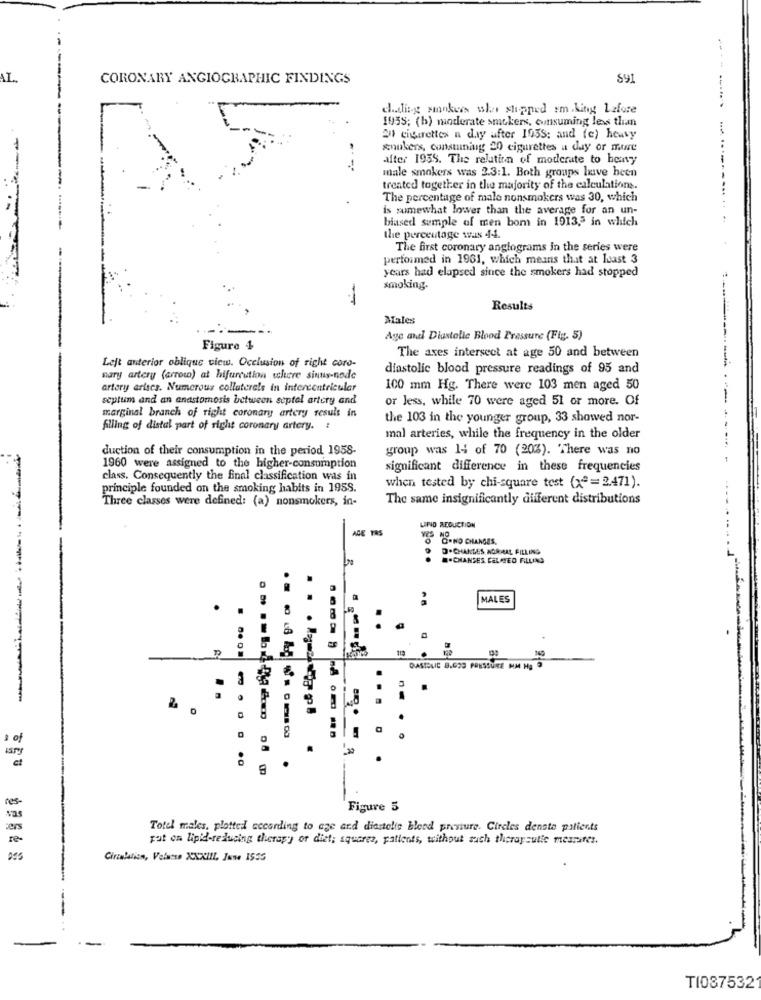
AL.
CORONARY ANGIOGRAPHIC FINDINGS
891
chadisog smokers whe shipped em.king Lafore
1935; (b) moderate smokers, consuming less than
" cigarettes a day after 1955: and (e) heavy
xnukers, constuning 20 cigarettes a day or more
after 1959. The relation of moderate to heavy
male smokers was 2.3:1. Both groups have been
treated together in the majority of the calculations.
The percentage of male nonsmokers was 30, which
is somewhat lower than the average for an un-
biased sumple of men bom in 1913,5 in which
the percentage was 44.
The first coronary anglograms in the series were
performed in 1961, which means that at least 3
years had elapsed since the smokers had stopped
smoking-
Results
Males
Age and Diastolic Blood Pressure (Fig. 5)
Figure 4
The axes intersect at age 50 and between
Left anterior oblique view. Occlusion of right coro-
diastolic blood pressure readings of 95 and
nary artery (arrow) at bifurcution where sintis-node
artery arises. Numerous collaterals in intercentricular
100 mm Hg. There were 103 men aged 50
septum and an anastomosis between septal artery and
or less, while 70 were aged 51 or more. Of
marginal branch of right coronary artery result in
the 103 in the younger group, 33 showed nor-
filling of distal part of right coronary artery. :
mal arteries, while the frequency in the older
duction of their consumption in the period 1958-
group was 14 of 70 (20%). There was no
1960 were assigned to the higher-consumption
significant difference in these frequencies
class. Consequently the final classification was in
principle founded on the smoking habits in 195S.
when tested by chi-square test (xª = 2.471).
Three classes were defined: (a) nonsmokers, in-
The same insignificantly different distributions
AGE TAS
LIPID REDUCTION
-NO CHANGES.
D.CHARLES NORMAL, FILLING
.CHANSES CELATED FILLING
MALES
.
DASTOLIC 8.029 PRESSURE MM Hg 9
......
.
1 of
ct
.
res-
Figure 5
Na
Totel males, plotted according to age and diestelle bleed pressure. Circles denste patients
pat on lipid-reducing therapy of diet; squares, patients, without sach theraysulle mesites.
Circalalize, Velsese XXXIII. Jww 1555
--
TI087532